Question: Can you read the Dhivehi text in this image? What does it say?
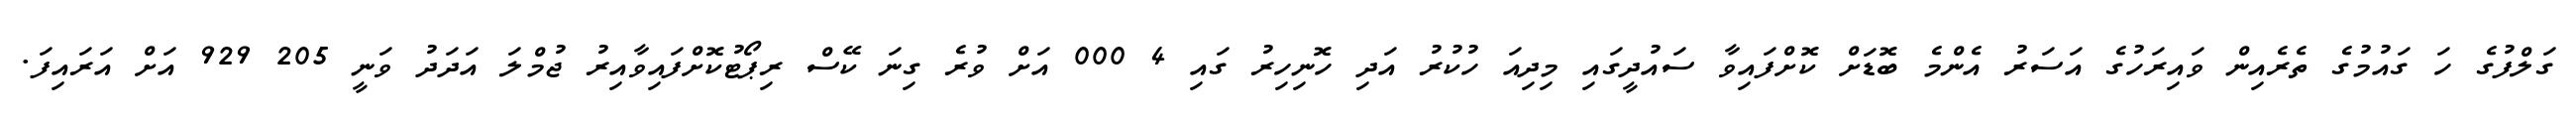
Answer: ގަލްފުގެ ހަ ގައުމުގެ ތެރެއިން ވައިރަހުގެ އަސަރު އެންމެ ބޮޑަށް ކޮށްފައިވާ ސައުދީގައި މިދިއަ ހުކުރު އަދި ހޮނިހިރު ގައި 4 000 އަށް ވުރެ ގިނަ ކޭސް ރިޕޯޓުކޮށްފައިވާއިރު ޖުމްލަ އަދަދު ވަނީ 205 929 އަށް އަރައިފަ.